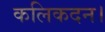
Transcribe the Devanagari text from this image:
कलिकदन।